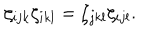
LaTeX: \zeta _ { i j k } \zeta _ { i k l } = \zeta _ { j k l } \zeta _ { i j l } .